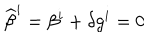
{ \widehat \beta } ^ { i } = \beta ^ { i } + \delta g ^ { i } = 0